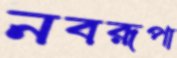
নবরূপা